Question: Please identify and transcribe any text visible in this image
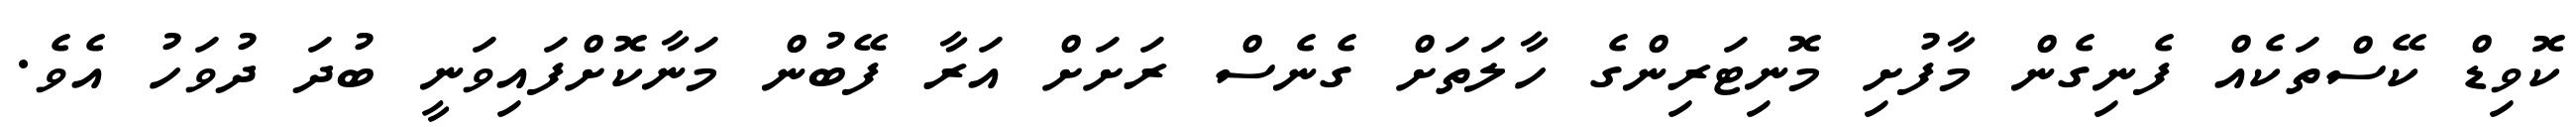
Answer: ކޮވިޑް ކޭސްތަކެއް ފެނިގެން މާފުށި މޮނިޓަރިންގެ ހާލަތަށް ގެނެސް ރަށަށް އަރާ ފޭބުން މަނާކޮށްފައިވަނީ ބުދަ ދުވަހު އެވެ.